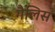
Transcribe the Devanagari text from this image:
गैलिस